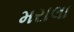
મરાલા